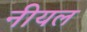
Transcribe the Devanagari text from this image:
नीयल